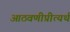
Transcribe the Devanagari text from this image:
आठवणीप्रीत्यर्थ